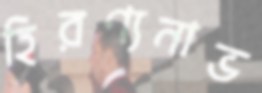
হিরণ্যনাভ